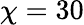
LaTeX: \chi=30